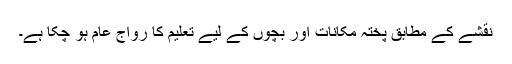
نقشے کے مطابق پختہ مکانات اور بچوں کے لیے تعلیم کا رواج عام ہو چکا ہے۔